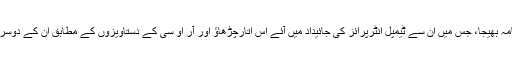
‘ دی وائر ‘نے جمعرات کو جئے شاہ کو ایک سوال نامہ بھیجا، جس میں ان سے ٹیمپل انٹرپرائز کی جائیداد میں آئے اس اتارچڑھاؤ اور آر او سی کے دستاویزوں کے مطابق ان کے دوسرے کاروباروں کی تفصیل دینے کی گزارش کی گئی۔